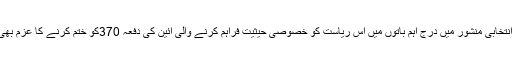
پارٹی کے انتخابی منشور میں درج اہم باتوں میں اس ریاست کو خصوصی حیثیت فراہم کرنے والی آئین کی دفعہ 370کو ختم کرنے کا عزم بھی شامل ہے۔